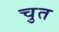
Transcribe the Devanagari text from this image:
चुत